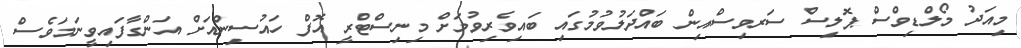
މިއަދު މޯލްޑިވްސް ޕޮލިސް ސަރވިސްއިން ބައްދަލުވުމުގައި ބައިވެރިވުމަށް މިނިސްޓްރީ އޮފް ހައުސިންއަށް އަންގާފައިވީނަމަވެސް